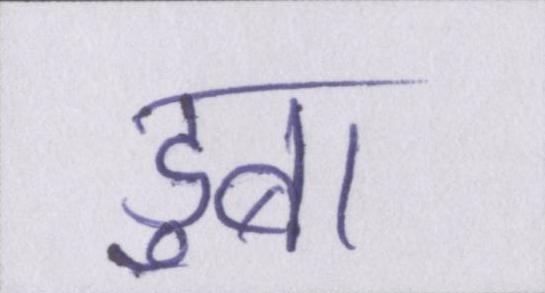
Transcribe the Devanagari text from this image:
डुबा